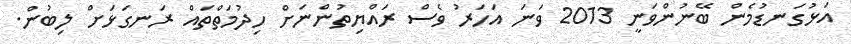
އަޅުގަނޑުމެން ބޭނުންވަނީ 2013 ވަނަ އަހަރު ވެސް ރައްޔިތުންނަށް ހިދުމަތްތައް ރަނގަޅަށް ލިބުން.